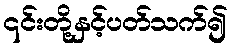
၎င်းတို့နှင့်ပတ်သက်၍